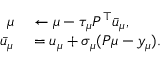
\begin{array} { r l } { \mu } & { { } \leftarrow \mu - \tau _ { \mu } P ^ { \top } \bar { u } _ { \mu } , } \\ { \bar { u } _ { \mu } } & { { } = u _ { \mu } + \sigma _ { \mu } ( P \mu - y _ { \mu } ) . } \end{array}